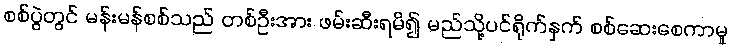
စစ်ပွဲတွင် မန်းမန်စစ်သည် တစ်ဦးအား ဖမ်းဆီးရမိ၍ မည်သို့ပင်ရိုက်နှက် စစ်ဆေးစေကာမူ